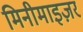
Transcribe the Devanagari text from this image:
मिनीमाइज़र